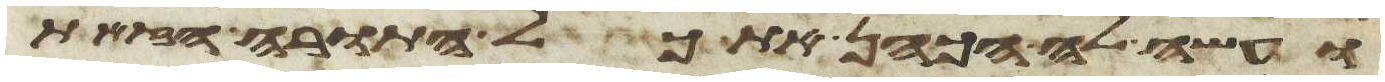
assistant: ועשה לה הכהן את כל התורה הזאת